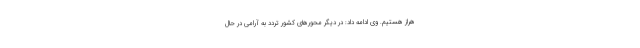
هراز هستیم. وی ادامه داد:‌ در دیگر محورهای کشور تردد به آرامی در حال